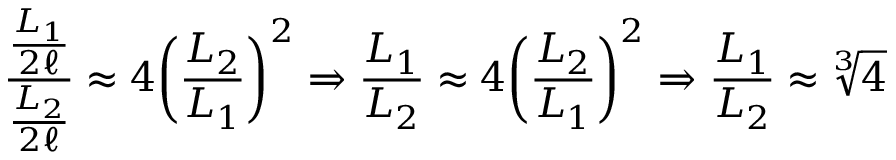
{ \frac { \frac { L _ { 1 } } { 2 \ell } } { \frac { L _ { 2 } } { 2 \ell } } } \approx 4 { \left( { \frac { L _ { 2 } } { L _ { 1 } } } \right) } ^ { 2 } \Rightarrow { \frac { L _ { 1 } } { L _ { 2 } } } \approx 4 { \left( { \frac { L _ { 2 } } { L _ { 1 } } } \right) } ^ { 2 } \Rightarrow { \frac { L _ { 1 } } { L _ { 2 } } } \approx { \sqrt [ { 3 } ] { 4 } }